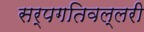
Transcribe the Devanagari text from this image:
सर्पगतिवल्लरी